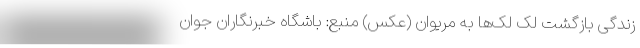
زندگی بازگشت لک لک‌ها به مریوان (عکس) منبع: باشگاه خبرنگاران جوان